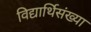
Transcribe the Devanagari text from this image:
विद्यार्थिसंख्या